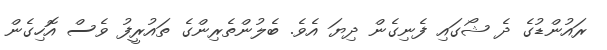
ރައުންޑުގެ ދެ ޝޯގައި ފެނިގެން ދިޔަ އެވެ. ބެލުންތެރިންގެ ތައުރީފު ވެސް އޮހިގެން